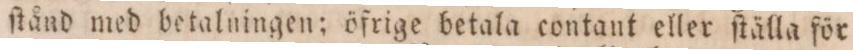
stånd med betalningen; öfrige betala contant eller ſtälla för